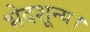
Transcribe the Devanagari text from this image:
भेदशून्य।